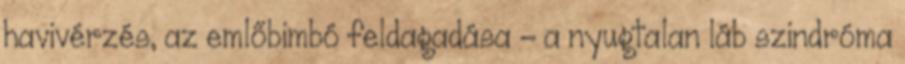
havivérzés, az emlőbimbó feldagadása - a nyugtalan láb szindróma